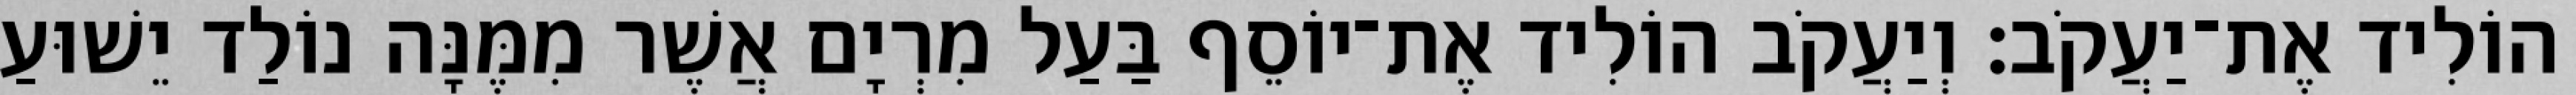
הוֹלִיד אֶת־יַעֲקֹב׃ וְיַעֲקֹב הוֹלִיד אֶת־יוֹסֵף בַּעַל מִרְיָם אֲשֶׁר מִמֶּנָּה נוֹלַד יֵשׁוּעַ